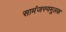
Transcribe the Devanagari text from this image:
सामंजस्यमूलक